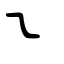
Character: ㇍